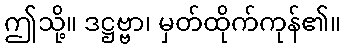
ဤသို့။ ဒဋ္ဌဗ္ဗာ၊ မှတ်ထိုက်ကုန်၏။